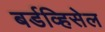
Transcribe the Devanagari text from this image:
बर्डव्हिसेल